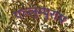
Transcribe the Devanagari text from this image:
एल्लुम्पुराम